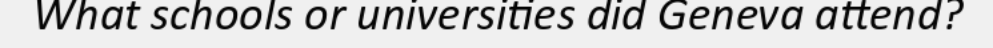
What schools or universities did Geneva attend?